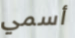
أسمي